Annual report on the Civil Veterinary Department, Burma (including the Insein Veterinary School) - 1932-1941
Year: 1932
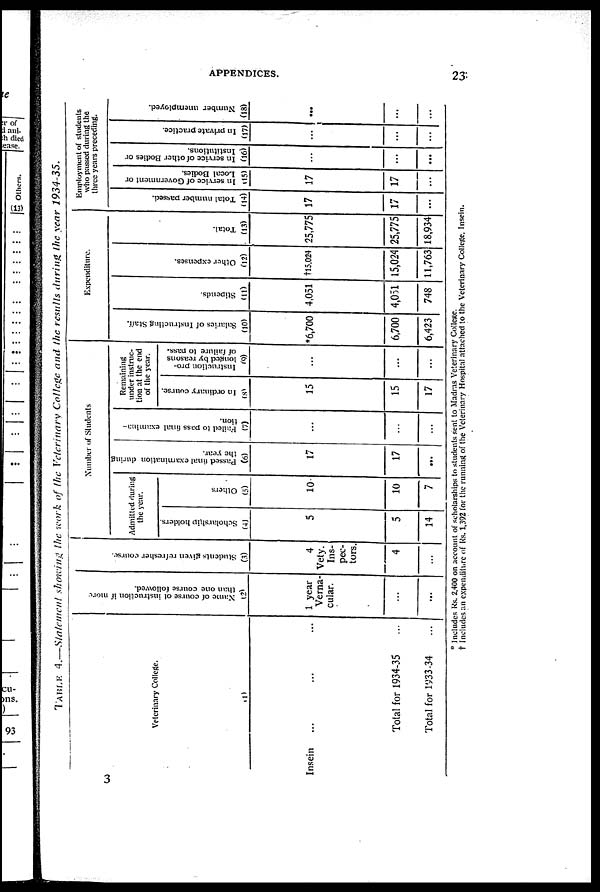
APPENDICES.
23
TABLE 4.—Statement
showing the work of the Veterinary College and the results during the year
1934-35.
Veterinary College.
(1)
Insein ... ... ...
Total for 1934-35 ...
Total for 1933-34 ...
Name of course of instruction if more
than one course followed.
(2)
1 year
Verna-
cular.
...
...
Students given refresher course.
(3)
4
Vety.
Ins-
pec-
tors.
4
...
Number of Students
Admitted during
the year.
Scholarship holders.
(4)
5
5
14
Others
(5)
10
10
7
Passed final examination during
the year.
(6)
17
17
...
Failed to pass final examina-
tion.
(7)
...
...
...
Remaining
under instruc-
tion at the end
of the year.
In ordinary course.
(8)
15
15
17
Instruction pro-
longed by reasons
of failure to pass.
(9)
...
...
...
Expenditure.
Salaries of Instructing Stan.
(10)
*6,700
6,700
6,423
Stipends.
(11)
4,051
4,051
748
Other expenses.
(12)
†15,024
15,024
11,763
Total.
(13)
25,775
25,775
18,934
Employment of students
who passed during the
three years preceding.
Total number passed.
(14)
17
17
...
In service of Government or
Local Bodies.
(15)
17
17
...
In service of other Bodies or
Institutions.
(16)
...
...
...
In private practice.
(17)
...
...
...
Number unemployed.
(18)
...
...
...
* Includes Rs. 2,400 on account of scholarships to students sent to Madias Veterinary College.
† Includes an expenditure of Rs. 1,392 for the running of the Veterinary Hospital attached to the Veterinary College, Insein.
3